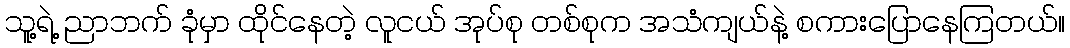
သူ့ရဲ့ ညာဘက် ခုံမှာ ထိုင်နေတဲ့ လူငယ် အုပ်စု တစ်စုက အသံကျယ်နဲ့ စကားပြောနေကြတယ်။